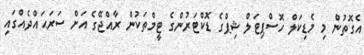
އެގޮތުން މި މެޑިކަލް ހޮސްޕިޓަލް ޝިޕްގެ ޑޮކްޓަރުންގެ ޓީމްތަކުން ރާއްޖޭގެ އަށް ސަރަޙައްދެއްގައި